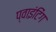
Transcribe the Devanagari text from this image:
प्वाइंटिंग